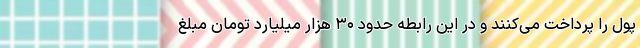
پول را پرداخت می‌کنند و در این رابطه حدود ۳۰ هزار میلیارد تومان مبلغ